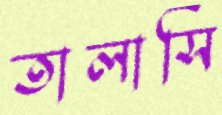
তালাসি